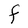
Character: F